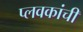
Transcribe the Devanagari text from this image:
प्लवकांची